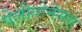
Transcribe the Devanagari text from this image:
पेलीपोनेसस्‌